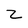
Character: z